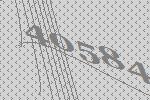
40584